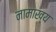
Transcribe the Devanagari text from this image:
नामाख्य